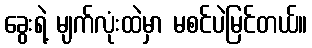
ခွေးရဲ့ မျက်လုံးထဲမှာ မစင်ပဲမြင်တယ်။